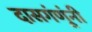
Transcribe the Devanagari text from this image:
दासगंणूंनी